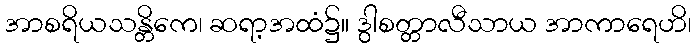
အာစရိယသန္တိကေ၊ ဆရာ့အထံ၌။ ဒွါစတ္တာလီသာယ အာကာရေဟိ၊